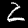
Label: 2